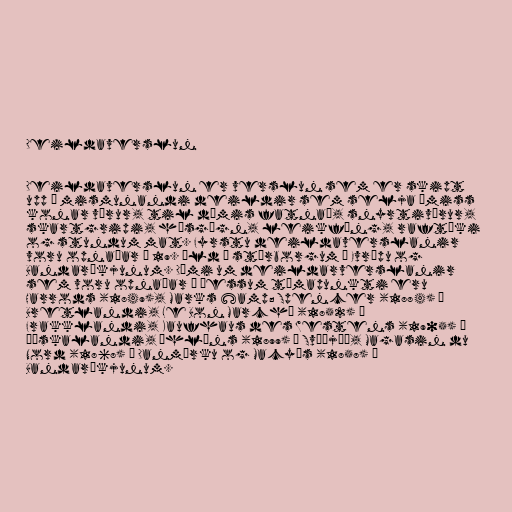
Deildaverslun

Deildaverslun er verslun sem er skipt
upp í mismunandi deildir sem selja ýmiss
konar vörur, til dæmis fatnað, snyrtivörur,
skartgripi, húsgögn, leikföng, raftæki
og stundum mat. Fyrstu deildaverslanir
voru opnaðar á 19. öld í stórborgum í Evrópu og
Bandaríkjunum. Dæmi um deildarverslanir
sem voru opnaðar á þessum tímapunkti eru
Harrods (1849), Marks &amp; Spencer (1884) í
Bretlandi, Le Bon Marché (1852) í
Frakklandi, Kaufhaus des Westens (1905) í
Þýskalandi, Åhléns (1899) í Svíþjóð, Magasin du
Nord (1868) í Danmörku og Macy's (1858) í
Bandaríkjunum.